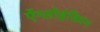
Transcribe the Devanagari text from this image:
ऐंग्लोइंडियन